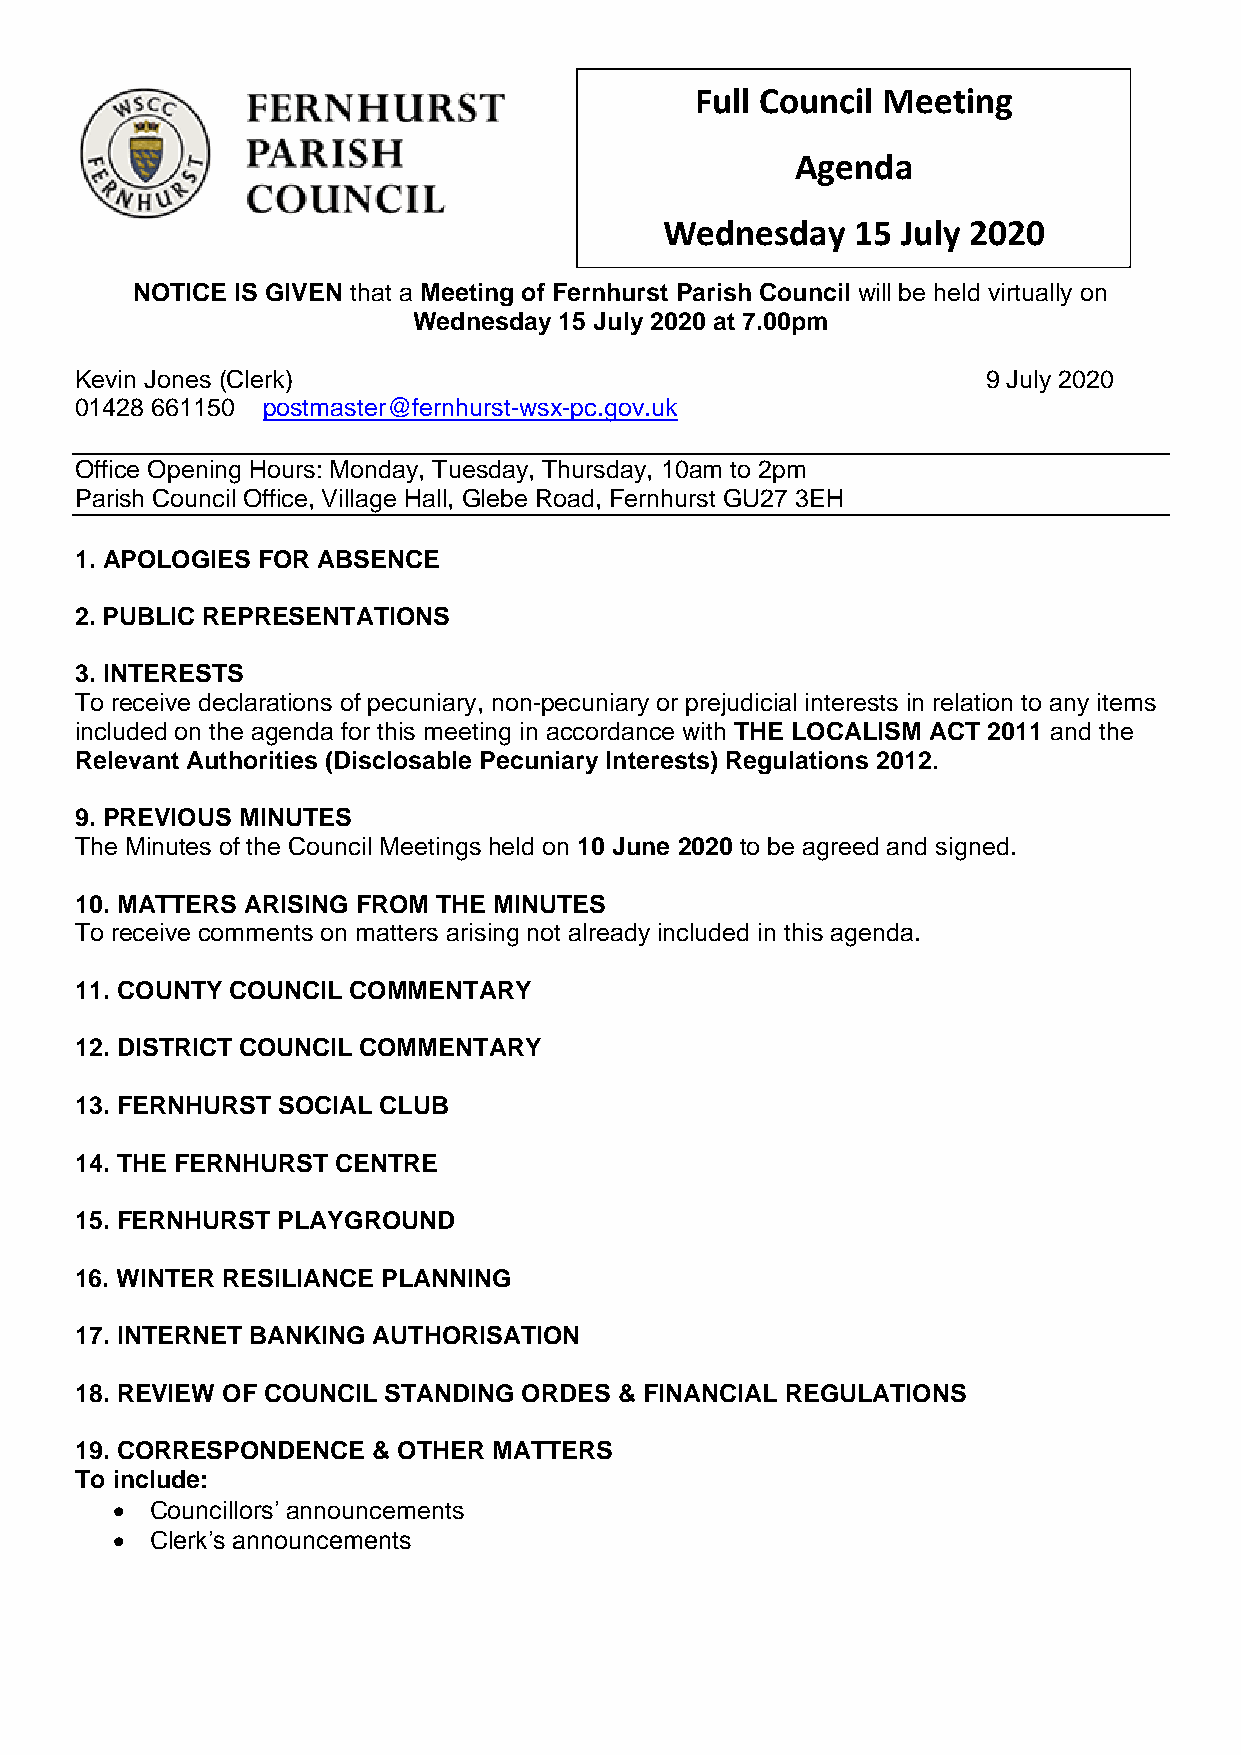
Full Council Meeting
 Agenda
 Wednesday    15 July 2020
 NOTICE IS GIVEN that a Meeting of Fernhurst Parish Council will be held virtually on
 Wednesday 15 July 2020 at 7.00pm
 Kevin Jones (Clerk)                                         9 July 2020
 01428 661150 postmaster@fernhurst-wsx-pc.gov.uk
 Office Opening Hours: Monday, Tuesday, Thursday, 10am to 2pm
 Parish Council Office, Village Hall, Glebe Road, Fernhurst GU27 3EH
 1. APOLOGIES FOR ABSENCE
 2. PUBLIC REPRESENTATIONS
 3. INTERESTS
 To receive declarations of pecuniary, non-pecuniary or prejudicial interests in relation to any items
 included on the agenda for this meeting in accordance with THE LOCALISM ACT 2011 and the
 Relevant Authorities (Disclosable Pecuniary Interests) Regulations 2012.
 9. PREVIOUS MINUTES
 The Minutes of the Council Meetings held on 10 June 2020 to be agreed and signed.
 10. MATTERS ARISING FROM THE MINUTES
 To receive comments on matters arising not already included in this agenda.
 11. COUNTY COUNCIL COMMENTARY
 12. DISTRICT COUNCIL COMMENTARY
 13. FERNHURST SOCIAL CLUB
 14. THE FERNHURST CENTRE
 15. FERNHURST PLAYGROUND
 16. WINTER RESILIANCE PLANNING
 17. INTERNET BANKING AUTHORISATION
 18. REVIEW OF COUNCIL STANDING ORDES & FINANCIAL REGULATIONS
 19. CORRESPONDENCE  & OTHER MATTERS
 To include:
   Councillors’ announcements
   Clerk’s announcements